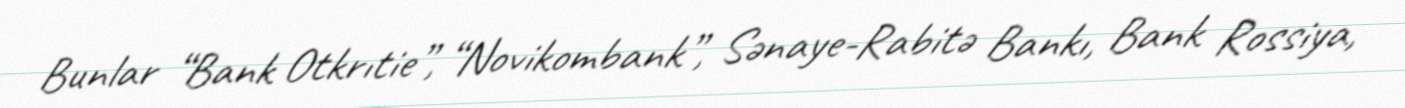
Bunlar “Bank Otkrıtie”, “Novikombank”, Sənaye-Rabitə Bankı, Bank Rossiya,